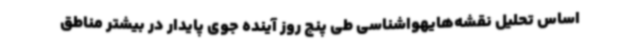
اساس تحلیل نقشه‌هایهواشناسی طی پنج روز آینده جوی پایدار در بیشتر مناطق